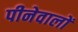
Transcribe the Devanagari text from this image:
पीनेवालों